Lunatic asylums Punjab 1868-1880 - 1868-1880
Year: 1868
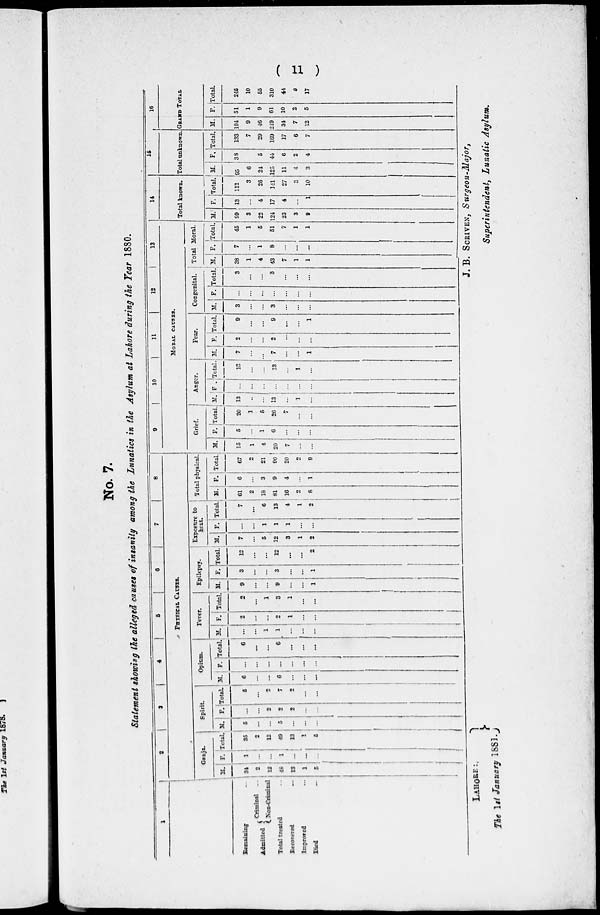
( 11 )
No. 7.
Statement showing the alleged causes of insanity among the Lunatics in the Asylum at Lahore during the Year 1880.
1
Remaining ...
Admitted
Criminal ...
Non-Criminal
Total treated ...
Recovered ...
Improved ...
Died ...
2
3
4
5
6
7
8
PHYSICAL CAUSES.
Ganja.
M.
34
2
12
48
13
1
5
F.
1
...
...
1
...
...
...
Total.
35
2
12
49
13
1
5
Spirit.
M.
5
...
...
5
...
...
...
F.
...
...
2
2
2
...
...
Total.
5
...
2
7
2
...
...
Opium.
M.
6
...
...
6
...
...
...
F.
...
...
...
...
...
...
...
Total.
6
...
...
6
...
...
...
Fever.
M.
...
...
1
1
...
...
...
F.
2
...
...
2
1
...
...
Total.
2
...
1
3
1
...
...
Epilepsy.
M.
9
...
...
9
...
...
1
F.
3
...
...
3
...
...
1
Total.
12
...
...
12
...
...
2
Exposure to
heat.
M.
7
...
5
12
3
1
2
F.
...
...
1
1
1
...
...
Total.
7
...
6
13
4
1
2
Total physical
M.
61
2
18
81
16
2
8
F.
6
...
3
9
4
...
1
Total
67
2
21
90
20
2
9
9
10
11
12
13
MORAL CAUSES.
Grief.
M.
15
1
4
20
7
...
...
F.
5
...
1
6
...
...
...
Total.
20
1
5
26
7
...
...
Anger.
M.
13
...
...
13
...
1
...
F.
...
...
...
...
...
...
...
Total.
13
...
...
13
...
1
...
Fear.
M.
7
...
...
7
...
...
1
F.
2
...
...
2
...
...
...
Total.
9
...
...
9
...
...
1
Congenital.
M.
3
...
...
3
...
...
...
F.
...
...
...
...
...
...
...
Total.
3
...
...
3
...
...
...
Total Moral.
M.
38
1
4
43
7
1
1
F.
7
...
1
8
...
...
...
Total.
45
1
5
51
7
1
1
14
Total known.
M.
99
3
22
124
23
3
9
F.
13
...
4
17
4
...
1
Total.
112
3
26
141
27
3
10
15
Total unknown
M.
95
6
24
125
11
4
3
F.
38
1
5
44
6
2
4
Total.
133
7
29
169
17
6
7
16
GRAND TOTAL
M.
194
9
46
249
34
7
12
F.
51
1
9
61
10
2
5
Total.
245
10
55
310
44
9
17
LAHORE.
The 1st January 1881.
J. B. SCRIVEN, Surgeon-Major,
Superintendent, Lunatic Asylum.